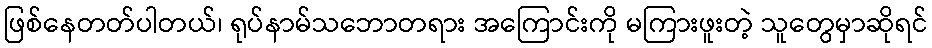
ဖြစ်နေတတ်ပါတယ်၊ ရုပ်နာမ်သဘောတရား အကြောင်းကို မကြားဖူးတဲ့ သူတွေမှာဆိုရင်